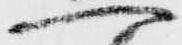
へ